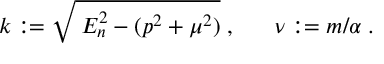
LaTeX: k : = \sqrt { \: E _ { n } ^ { 2 } - ( p ^ { 2 } + \mu ^ { 2 } ) } \; , ~ ~ ~ ~ ~ \nu : = m / \alpha \; .